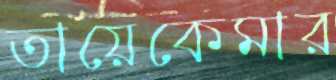
তায়েকেমার